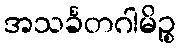
အသင်္ခတဂါမိဉ္စ